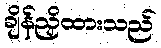
ချိန်ညှိထားသည်